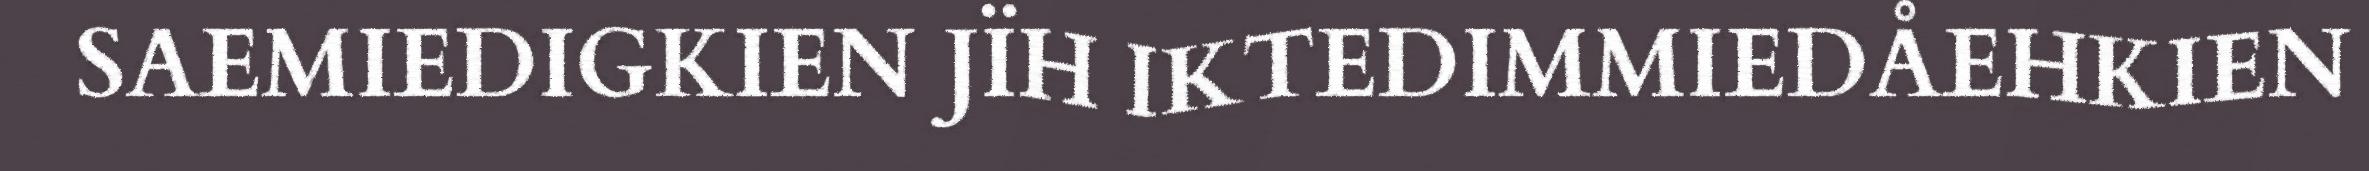
SAEMIEDIGKIEN JÏH IKTEDIMMIEDÅEHKIEN